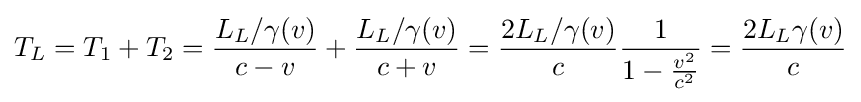
T_{L}=T_{1}+T_{2}={\frac {L_{L}/\gamma (v)}{c-v}}+{\frac {L_{L}/\gamma (v)}{c+v}}={\frac {2L_{L}/\gamma (v)}{c}}{\frac {1}{1-{\frac {v^{2}}{c^{2}}}}}={\frac {2L_{L}\gamma (v)}{c}}